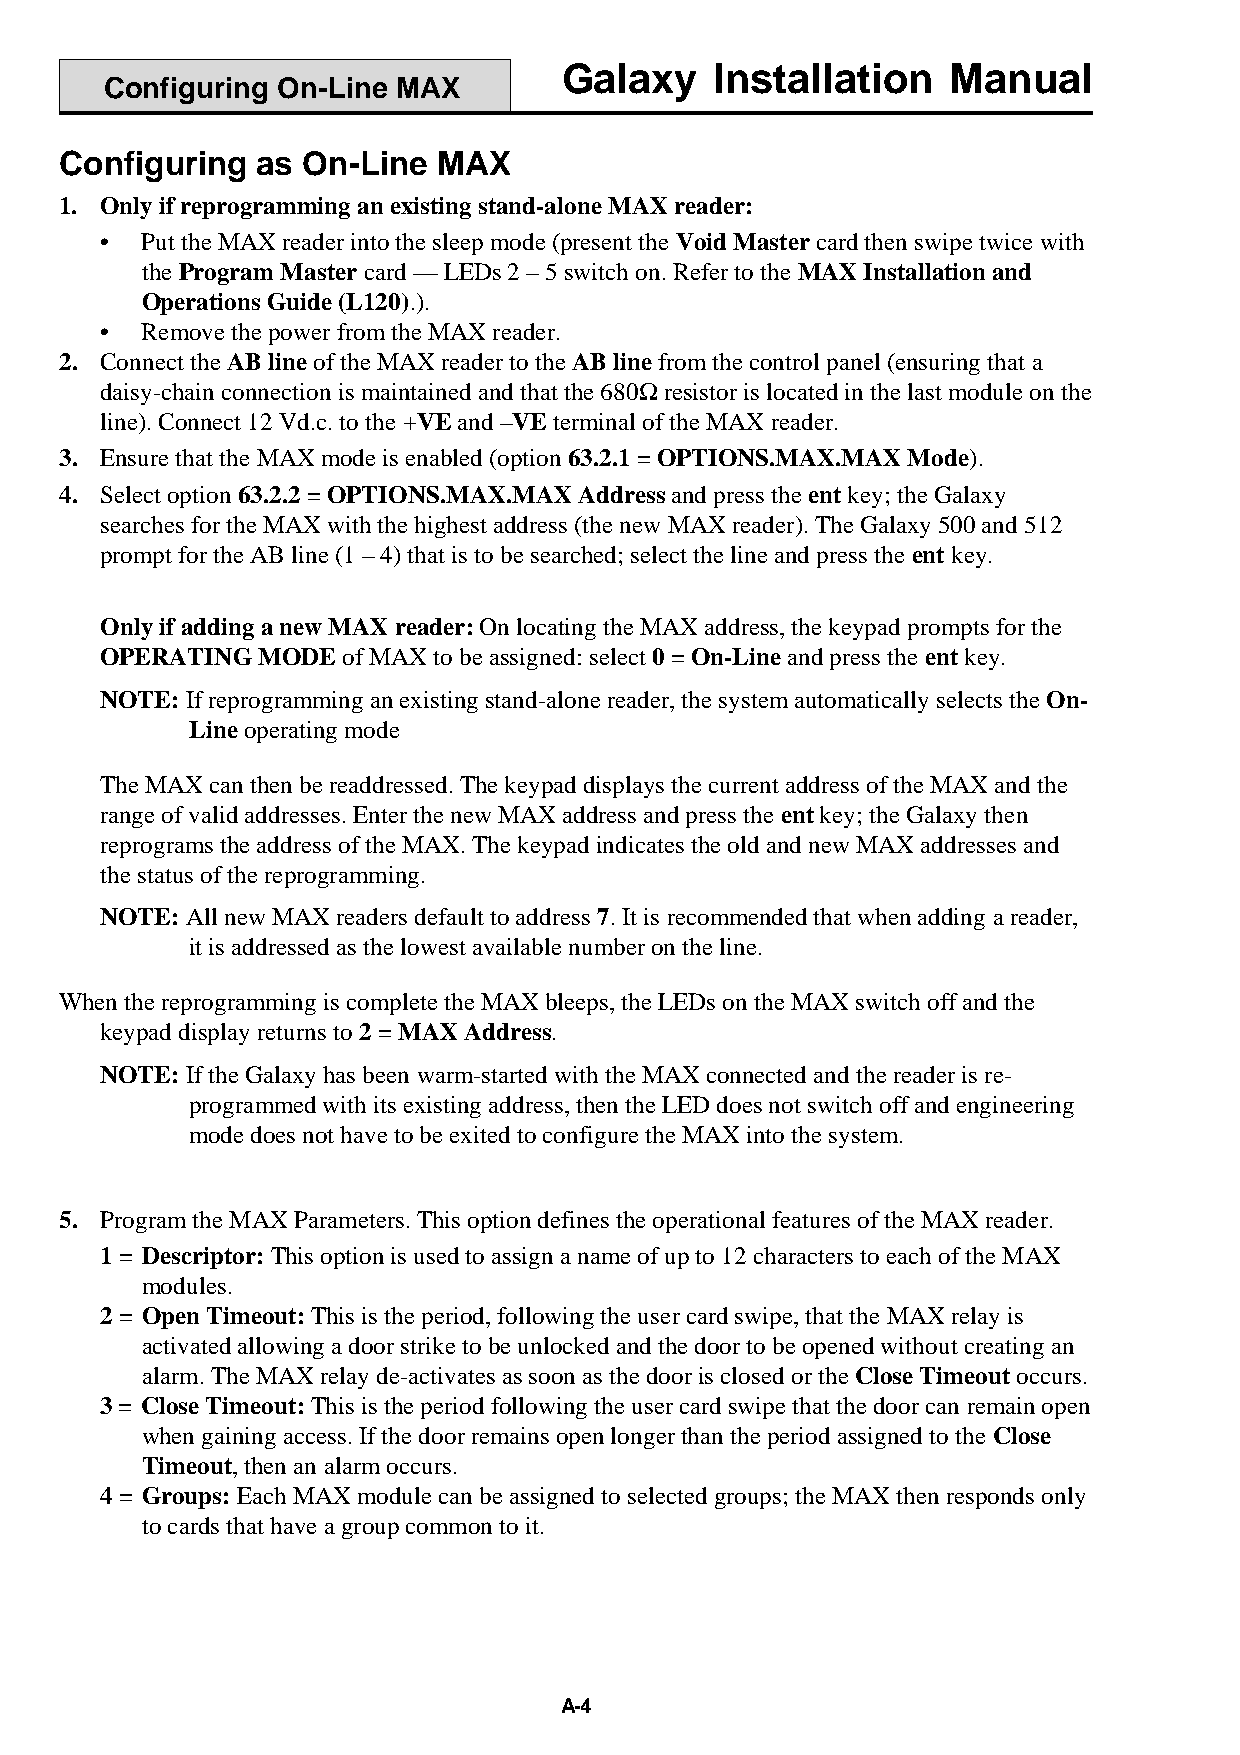
Galaxy    Installation    Manual
 Configuring On-Line MAX
 Configuring  as On-Line  MAX
 1. Only if reprogramming an existing stand-alone MAX reader:
 • Put the MAX reader into the sleep mode (present the Void Master card then swipe twice with
 the Program Master card — LEDs 2 – 5 switch on. Refer to the MAX Installation and
 Operations Guide (L120).).
 • Remove the power from the MAX reader.
 2. Connect the AB line of the MAX reader to the AB line from the control panel (ensuring that a
 daisy-chain connection is maintained and that the 680W resistor is located in the last module on the
 line). Connect 12 Vd.c. to the +VE and –VE terminal of the MAX reader.
 3. Ensure that the MAX mode is enabled (option 63.2.1 = OPTIONS.MAX.MAX Mode).
 4. Select option 63.2.2 = OPTIONS.MAX.MAX Address and press the ent key; the Galaxy
 searches for the MAX with the highest address (the new MAX reader). The Galaxy 500 and 512
 prompt for the AB line (1 – 4) that is to be searched; select the line and press the ent key.
 Only if adding a new MAX reader: On locating the MAX address, the keypad prompts for the
 OPERATING MODE  of MAX to be assigned: select 0 = On-Line and press the ent key.
 NOTE: If reprogramming an existing stand-alone reader, the system automatically selects the On-
 Line operating mode
 The MAX can then be readdressed. The keypad displays the current address of the MAX and the
 range of valid addresses. Enter the new MAX address and press the ent key; the Galaxy then
 reprograms the address of the MAX. The keypad indicates the old and new MAX addresses and
 the status of the reprogramming.
 NOTE: All new MAX readers default to address 7. It is recommended that when adding a reader,
 it is addressed as the lowest available number on the line.
 When the reprogramming is complete the MAX bleeps, the LEDs on the MAX switch off and the
 keypad display returns to 2 = MAX Address.
 NOTE: If the Galaxy has been warm-started with the MAX connected and the reader is re-
 programmed with its existing address, then the LED does not switch off and engineering
 mode does not have to be exited to configure the MAX into the system.
 5. Program the MAX Parameters. This option defines the operational features of the MAX reader.
 1 = Descriptor: This option is used to assign a name of up to 12 characters to each of the MAX
 modules.
 2 = Open Timeout: This is the period, following the user card swipe, that the MAX relay is
 activated allowing a door strike to be unlocked and the door to be opened without creating an
 alarm. The MAX relay de-activates as soon as the door is closed or the Close Timeout occurs.
 3 = Close Timeout: This is the period following the user card swipe that the door can remain open
 when gaining access. If the door remains open longer than the period assigned to the Close
 Timeout, then an alarm occurs.
 4 = Groups: Each MAX module can be assigned to selected groups; the MAX then responds only
 to cards that have a group common to it.
 A-4